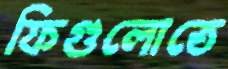
ফিগুলোতে